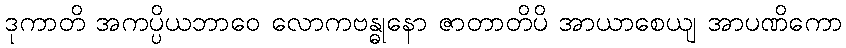
ဒုကာတိ အကပ္ပိယဘာဝေ လောကဗန္ဓုနော ဇာတာတိပိ အာယာစေယျ အာပဏိကော